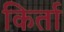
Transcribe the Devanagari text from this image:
किर्ता